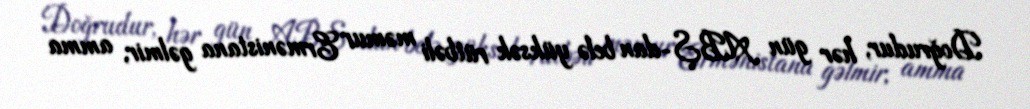
Doğrudur, hər gün ABŞ-dan belə yüksək rütbəli məmur Ermənistana gəlmir, amma